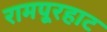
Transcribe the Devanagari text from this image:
रामपूरहाट